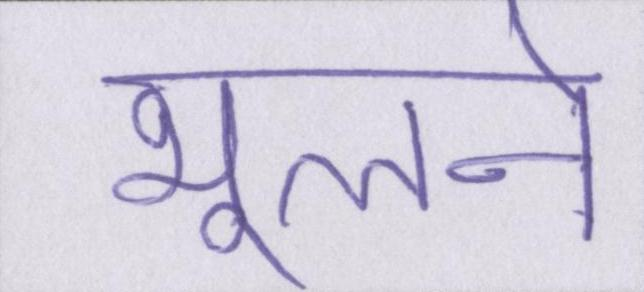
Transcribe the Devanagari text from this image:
भूलने